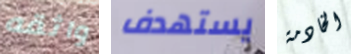
واثقه يستهدف الخادمة